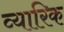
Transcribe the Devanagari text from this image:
व्यारिक